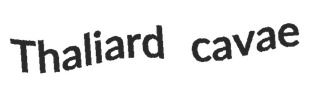
Thaliard cavae